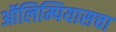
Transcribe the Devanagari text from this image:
ऑलिम्पियासचा